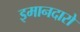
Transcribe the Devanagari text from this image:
इमानदारो